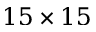
1 5 \times 1 5